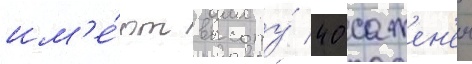
им'е́ют высоту́ 40 сажен'еи